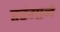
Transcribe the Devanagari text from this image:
तरंगाने